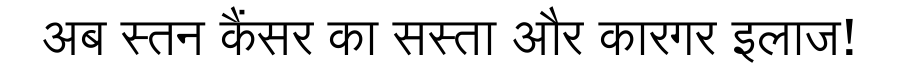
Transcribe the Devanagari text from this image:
अब स्तन कैंसर का सस्ता और कारगर इलाज!